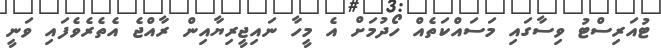
ޓުއަރިސްޓު ވިސާގައި މަސައްކަތެއް ހޯދުމަށް އެ މީހާ ނައިޖީރިޔާއިން ރާއްޖެ އެތެރެވެފައި ވަނީ